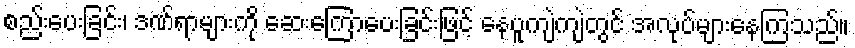
စည်းပေးခြင်း၊ ဒဏ်ရာများကို ဆေးကြောပေးခြင်းဖြင့် နေပူကျဲကျဲတွင် အလုပ်များနေကြသည်။